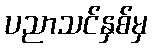
ပညာသင်နှစ်မှ